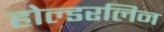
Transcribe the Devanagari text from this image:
होल्डरलिन